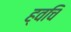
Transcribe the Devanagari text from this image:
ह्वचि